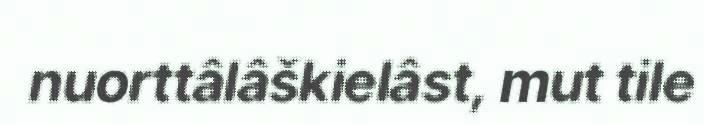
nuorttâlâškielâst, mut tile